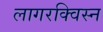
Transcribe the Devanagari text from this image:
लागरक्विस्न